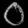
Digit: ၀